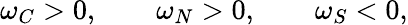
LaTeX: \omega_{C}>0,\qquad\omega_{N}>0,\qquad\omega_{S}<0,